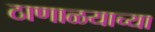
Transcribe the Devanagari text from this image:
ठाणाळयाच्या